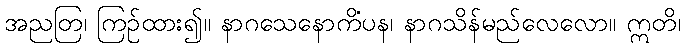
အညတြ၊ ကြဉ်ထား၍။ နာဂသေနောကိံပန၊ နာဂသိန်မည်လေလော။ ဣတိ၊